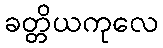
ခတ္တိယကုလေ